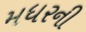
મધરની